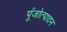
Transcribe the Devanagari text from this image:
पूँजोत्पादन